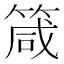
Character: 箴